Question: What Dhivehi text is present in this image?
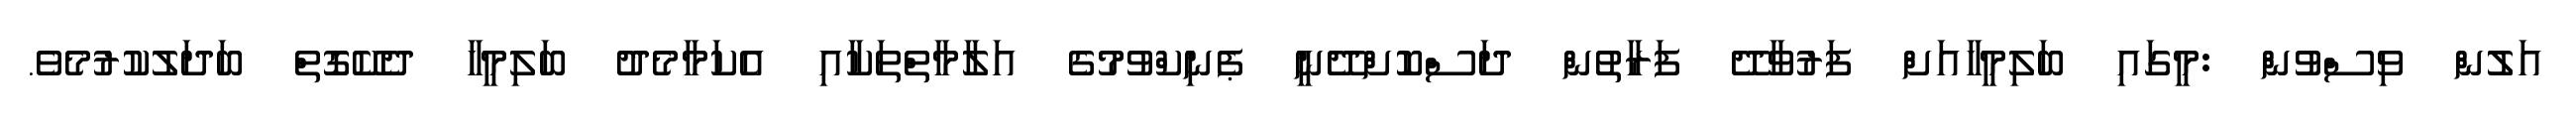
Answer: އަލުން ވިސްވުން :މީގައި ބަލިމީހާއަށް ފަރުވާދޭ ފަރާތުން ދަސްކޮށްދޭނީ ޕެނިކްވުމުގެ އަލާމާތްތަކާއި އެކަމާމެދު ބަލިމީހާ ދެކޭގޮތް ބަދަލުކުރުމެވެ.